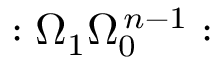
: \Omega _ { 1 } \Omega _ { 0 } ^ { \, n - 1 } :